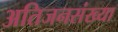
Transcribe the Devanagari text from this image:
अतिजनसंख्या